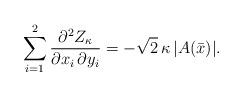
LaTeX: \begin{align*} \sum_{i=1}^2 \frac{\partial^2 Z_\kappa}{\partial x_i \, \partial y_i} = -\sqrt{2} \, \kappa \, |A(\bar{x})|. \end{align*}